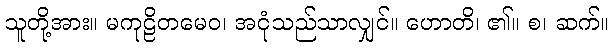
သူတို့အား။ မကုဠိတမေဝ၊ အငုံသည်သာလျှင်။ ဟောတိ၊ ၏။ စ၊ ဆက်။